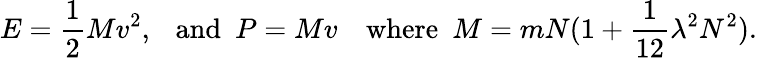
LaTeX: E={\frac{1}{2}}Mv^{2},\ \ \ \mathrm{and}\ \ P=Mv\ \ \ \ \mathrm{where}\ \ M=mN(1+{\frac{1}{12}}\lambda^{2}N^{2}).